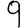
Digit: 9